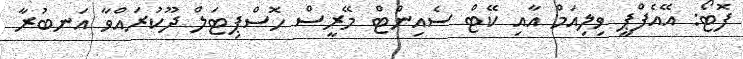
ފޮޓޯ: އޭއެފްޕީ ވިލިއަމް އާއި ކޭޓް ސެއިންޓް މޭރީސް ހޮސްޕިޓަލް ދޫކުރައްވާ އަނބުރާ